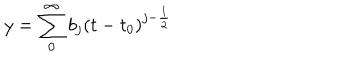
LaTeX: y = \sum _ { 0 } ^ { \infty } b _ { j } ( t - t _ { 0 } ) ^ { j - \frac { 1 } { 2 } }